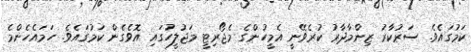
ކަމުގައެވެ. ސަރުކާރު ޒިންމާދާރު ކުރެވޭނީ އެމީހުންގެ މެޖޯރިޓީ މަޖުލީހުގައި އޮވެގެން ކަމުގައެވެ. ހަމައެހެންމެ